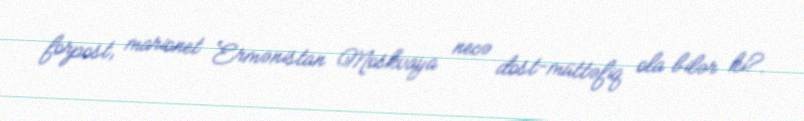
forpost, marionet Ermənistan Moskvaya necə dost-müttəfiq ola bilər ki?.